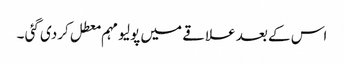
اس کے بعد علاقے میں پولیو مہم معطل کردی گئی ۔